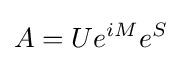
A=Ue^{iM}e^{S}